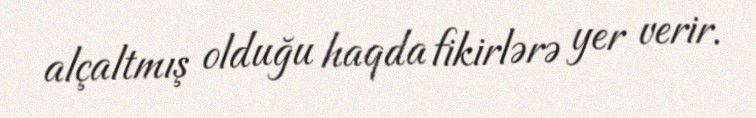
alçaltmış olduğu haqda fikirlərə yer verir.